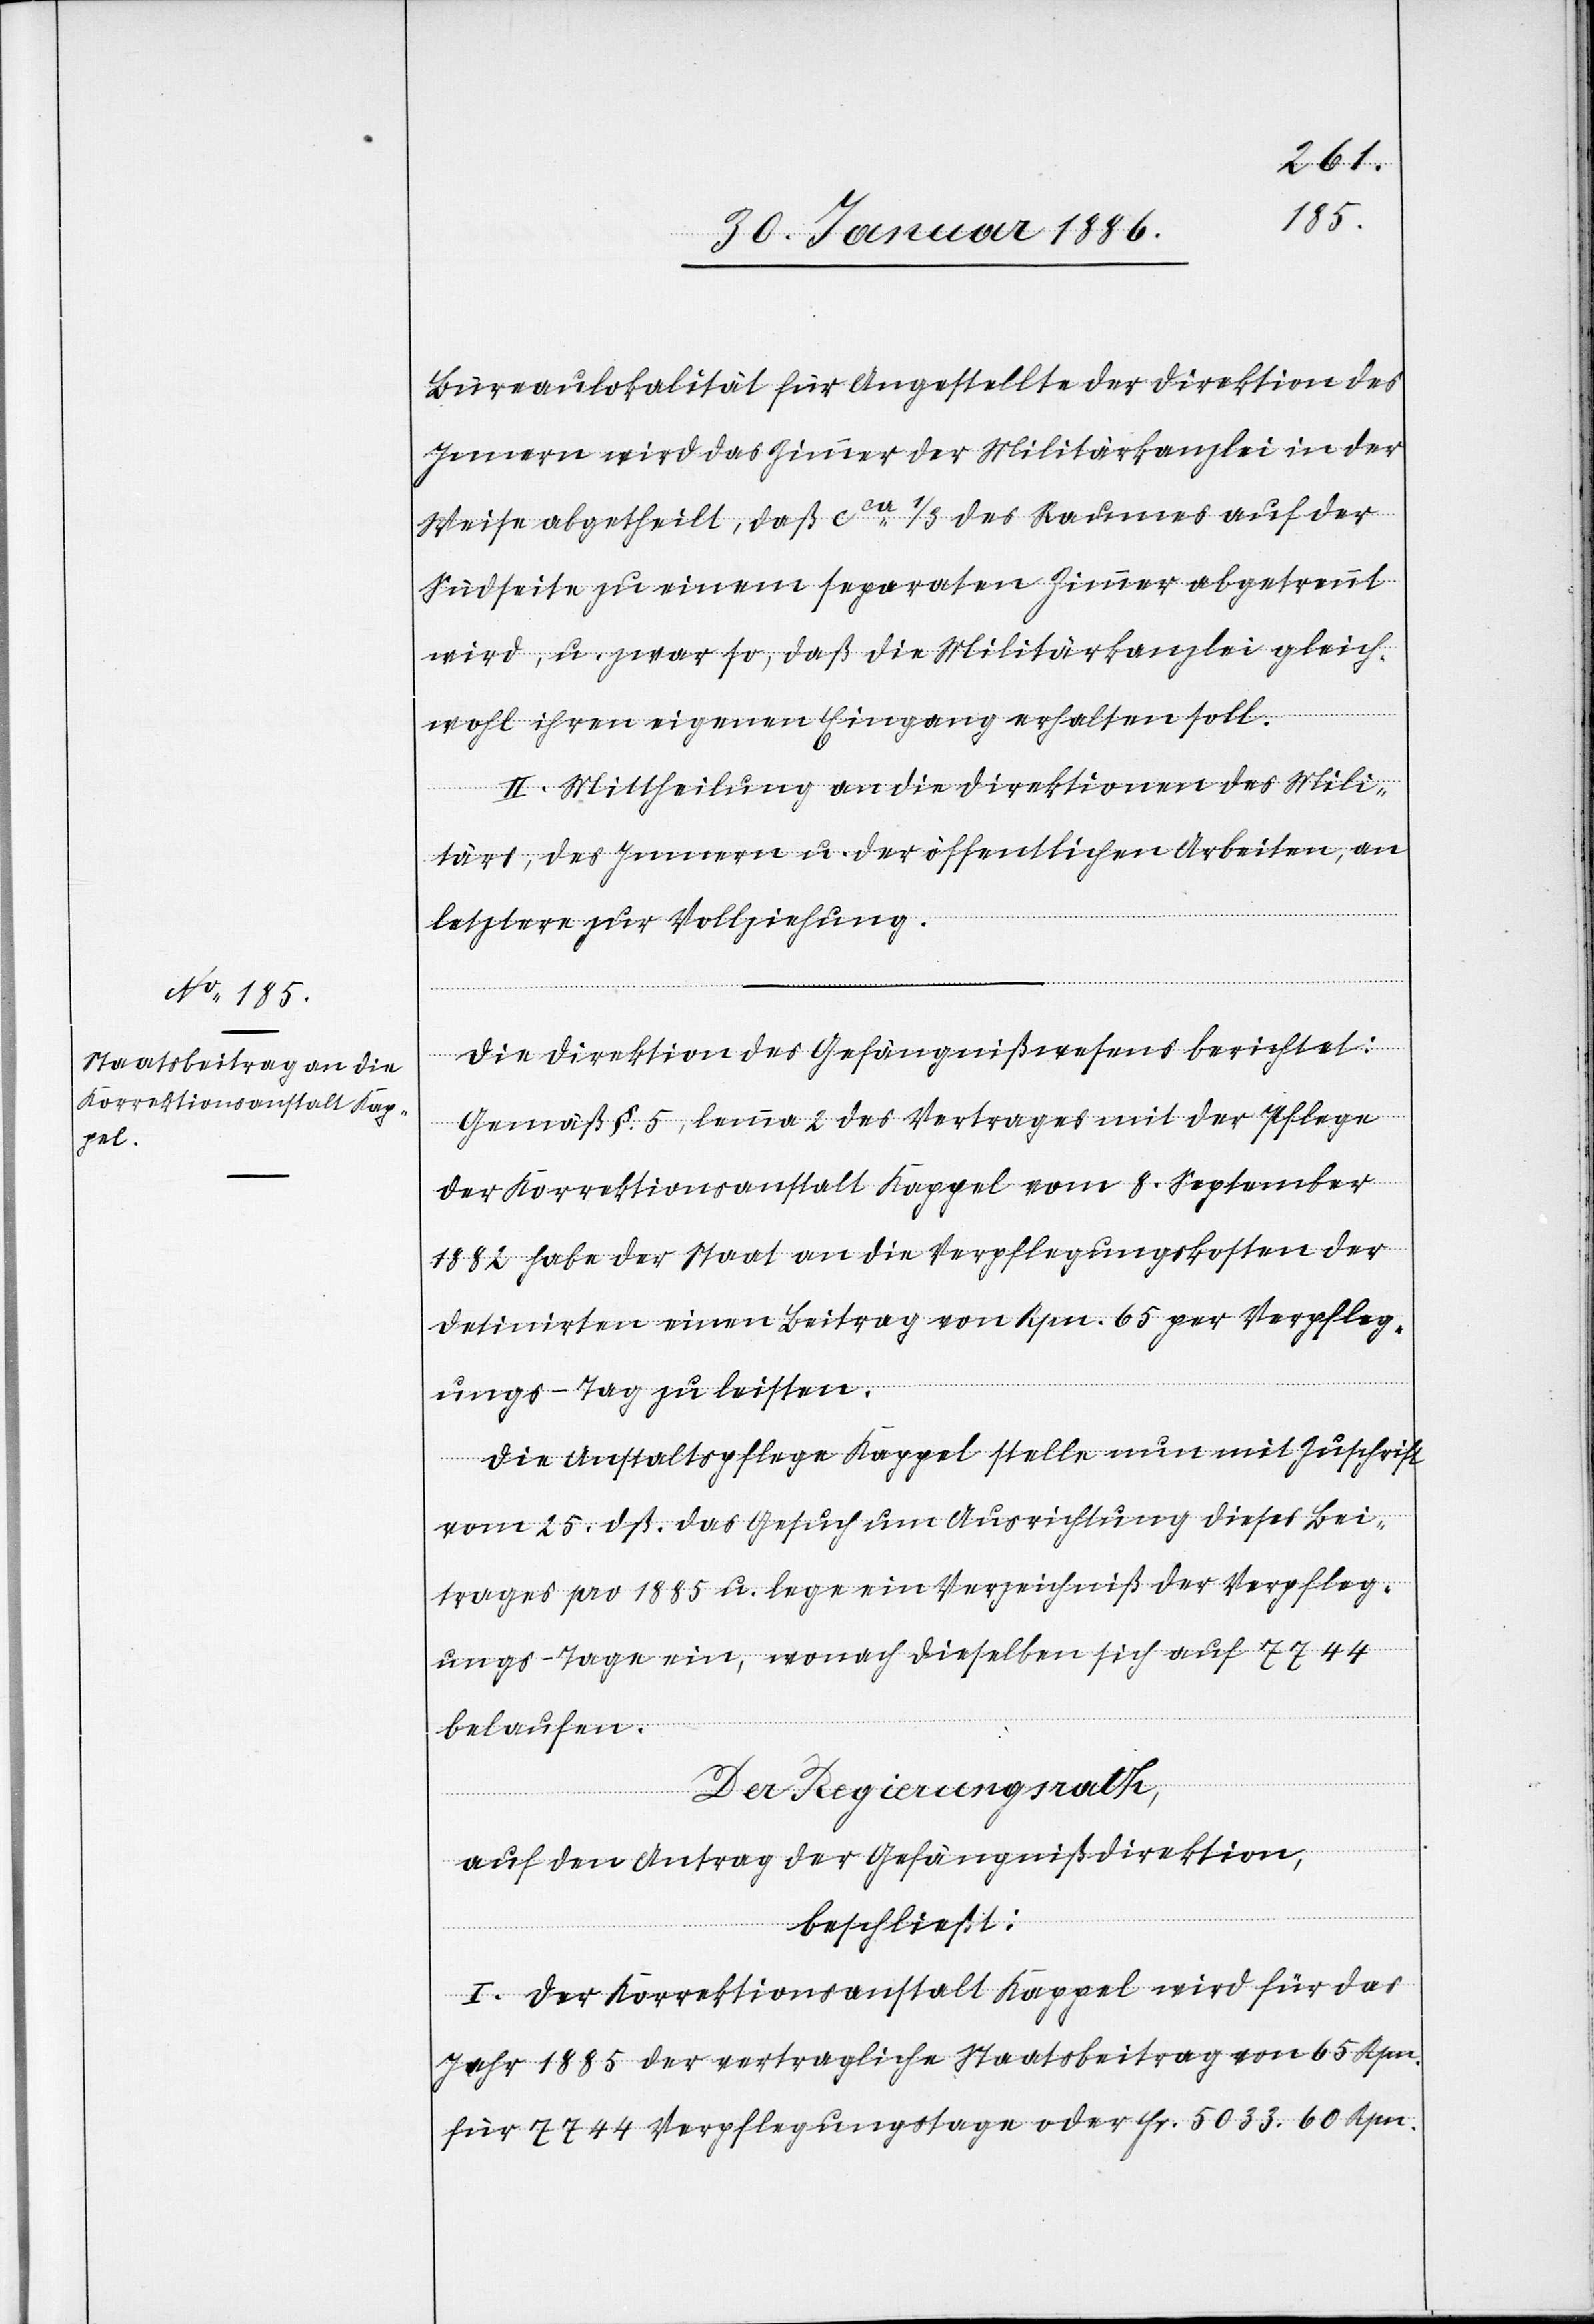
Bureaulokalität für Angestellte der Direktion des
Innern wird das Zimmer der Militärkanzlei in der
Weise abgetheilt, daß cca 1/3 des Raumes auf der
Südseite zu einem separaten Zimmer abgetrennt
wird, u. zwar so, daß die Militärkanzlei gleich¬
wohl ihren eigenen Eingang erhalten soll.
II. Mittheilung an die Direktionen des Mili¬
tärs, des Innern u. der öffentlichen Arbeiten, an
letztere zur Vollziehung.
Die Direktion des Gefängnißwesens berichtet:
Gemäß §. 5, lemma 2 des Vertrages mit der Pflege
der Korrektionsanstalt Kappel vom 8. September
1882 habe der Staat an die Verpflegungskosten der
Detinirten einen Beitrag von Rpn. 65 per Verpfleg¬
ungs-Tag zu leisten.
Die Anstaltspflege Kappel stelle nun mit Zuschrift
vom 25. dß. das Gesuch um Ausrichtung dieses Bei¬
trages pro 1885 u. lege ein Verzeichniß der Verpfleg¬
ungs-Tage ein, wonach dieselben sich auf 7744
belaufen.
Der Regierungsrath,
auf Antrag der Gefängnißdirektion,
beschließt:
I. Der Korrektionsanstalt Kappel wird für das
Jahr 1885 der vertragliche Staatsbeitrag von 65 Frn.
für 7744 Verpflegungstage oder Fr. 5033. 60 Rpn.